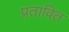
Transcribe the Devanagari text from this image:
प्रतावित